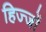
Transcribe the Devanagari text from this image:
हिज्जों